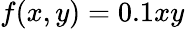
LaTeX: f(x,y)=0.1xy